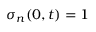
\sigma _ { n } ( 0 , t ) = 1